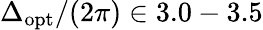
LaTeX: \Delta_{\mathrm{opt}}/(2\pi)\in 3.0-3.5